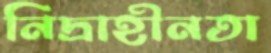
নিদ্রাহীনতা